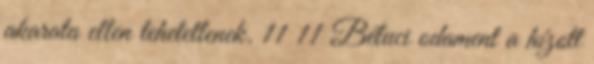
akarata ellen tehetetlenek. 11 11 Béluci odament a hízott